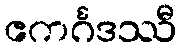
ဧကင်္ဂဒဿီ